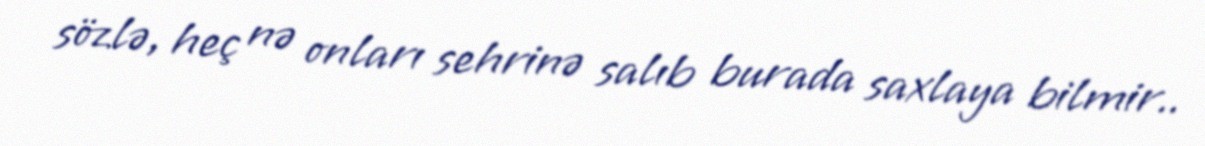
sözlə, heç nə onları sehrinə salıb burada saxlaya bilmir..